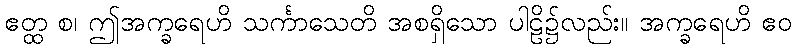
ဧတ္ထ စ၊ ဤအက္ခရေဟိ သင်္ကာသေတိ အစရှိသော ပါဠိ၌လည်း။ အက္ခရေဟိ ဧဝ